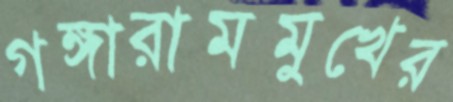
গঙ্গারামমুখের